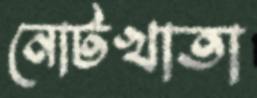
নোটখাতা